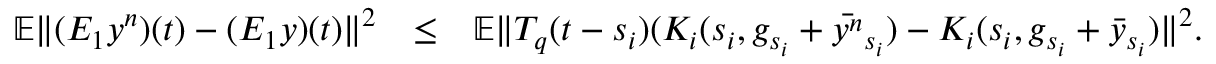
\begin{array} { r l r } { \mathbb { E } \| ( { \cal E } _ { 1 } y ^ { n } ) ( t ) - ( { \cal E } _ { 1 } y ) ( t ) \| ^ { 2 } } & { \leq } & { \mathbb { E } \| { \cal T } _ { q } ( t - s _ { i } ) ( { \cal K } _ { i } ( s _ { i } , g _ { s _ { i } } + \bar { y ^ { n } } _ { s _ { i } } ) - { \cal K } _ { i } ( s _ { i } , g _ { s _ { i } } + \bar { y } _ { s _ { i } } ) \| ^ { 2 } . } \end{array}